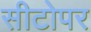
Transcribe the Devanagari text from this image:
सीटोपर